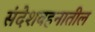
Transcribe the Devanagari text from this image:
संदेशवहनातील